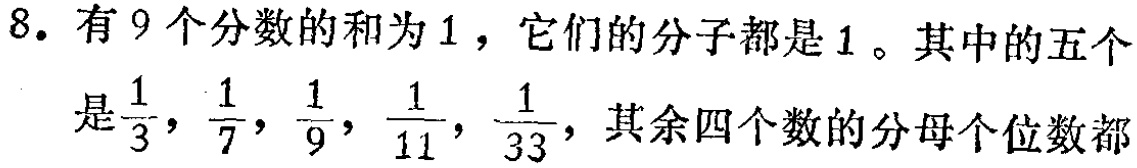
8. 有9个分数的和为1，它们的分子都是1。其中的五个是$\frac{1}{3},\frac{1}{7},\frac{1}{9},\frac{1}{11},\frac{1}{33}$，其余四个数的分母个位数都